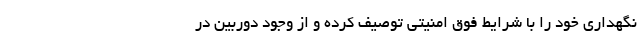
نگهداری خود را با شرایط فوق امنیتی توصیف کرده و از وجود دوربین در